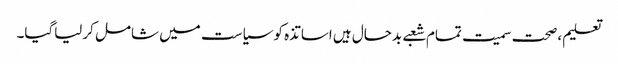
تعلیم ،صحت سمیت تمام شعبے بدحال ہیں اساتذہ کو سیاست میں شامل کرلیاگیا۔